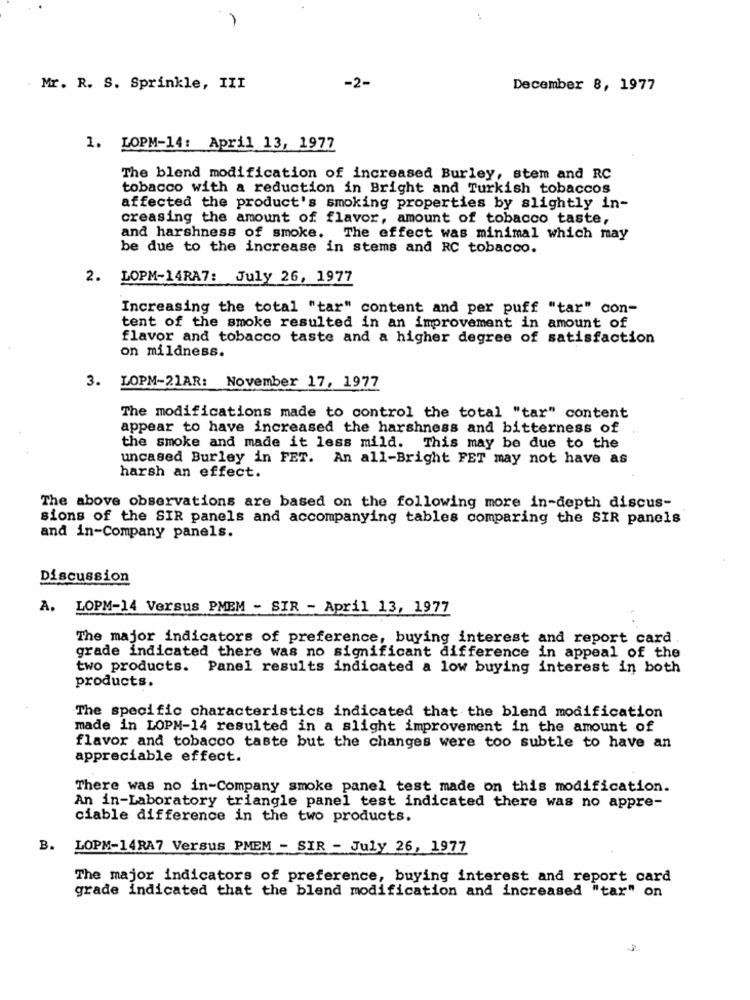
. Mr. R. S. Sprinkle, III
-2-
December 8, 1977
1. LOPM-14: April 13, 1977
The blend modification of increased Burley, stem and RC
tobacco with a reduction in Bright and Turkish tobaccos
affected the product's smoking properties by slightly in-
creasing the amount of flavor, amount of tobacco taste,
and harshness of smoke. The effect was minimal which may
be due to the increase in stems and RC tobacco.
2. LOPM-14RA7: July 26, 1977
Increasing the total "tar" content and per puff "tar" con-
tent of the smoke resulted in an improvement in amount of
flavor and tobacco taste and a higher degree of satisfaction
on mildness.
3.
LOPM-21AR: November 17, 1977
The modifications made to control the total "tar" content
appear to have increased the harshness and bitterness of
the smoke and made it less mild. This may be due to the
uncased Burley in FET. An all-Bright FET may not have as
harsh an effect.
The above observations are based on the following more in-depth discus-
sions of the SIR panels and accompanying tables comparing the SIR panels
and in-Company panels.
Discussion
A.
LOPM-14 Versus PMEM - SIR - April 13, 1977
The major indicators of preference, buying interest and report card .
grade indicated there was no significant difference in appeal of the
two products. Panel results indicated a low buying interest in both
products.
The specific characteristics indicated that the blend modification
made in LOPM-14 resulted in a slight improvement in the amount of
flavor and tobacco taste but the changes were too subtle to have an
appreciable effect.
There was no in-Company smoke panel test made on this modification.
An in-Laboratory triangle panel test indicated there was no appre-
ciable difference in the two products.
B.
LOPM-14RA7 Versus PMEM - SIR - July 26, 1977
The major indicators of preference, buying interest and report card
grade indicated that the blend modification and increased "tar" on